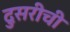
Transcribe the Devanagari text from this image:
दुसरीची